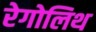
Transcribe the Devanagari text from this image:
रेगोलिथ